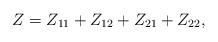
LaTeX: \begin{align*}Z= Z_{11} + Z_{12} + Z_{21} + Z_{22},\end{align*}